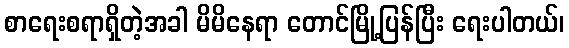
စာရေးစရာရှိတဲ့အခါ မိမိနေရာ တောင်မြို့ပြန်ပြီး ရေးပါတယ်၊